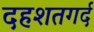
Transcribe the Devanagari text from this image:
दहशतगर्द